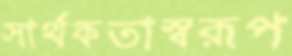
সার্থকতাস্বরূপ